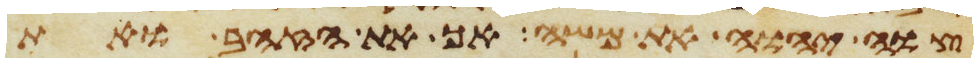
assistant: צוה יהוה את משה אך את הזהב ואת